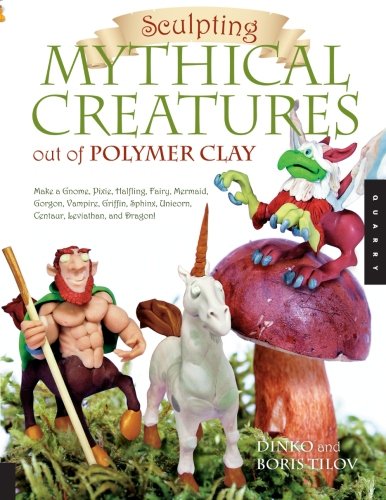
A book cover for Sculpting Mythical Creatures out of Polymer Clay: Making a Gnome, Pixie, Halfling, Fairy, Mermaid, Gorgon Vampire, Griffin, Sphinx, Unicorn, Centaur, Leviathan, and Dragon!; Boris Tilov; Crafts, Hobbies & Home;